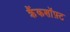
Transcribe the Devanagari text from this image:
क्रैंकशॉफ़्ट